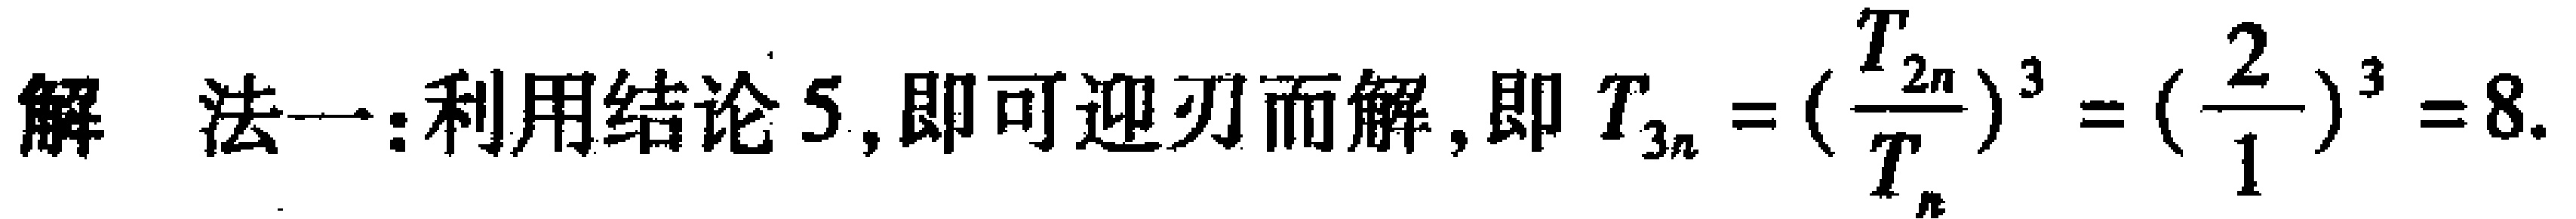
解 法一：利用结论 5, 即可迎刃而解, 即 \(T_{3n}=(\frac{T_{2n}}{T_{n}})^{3}=(\frac{2}{1})^{3}=8.\)